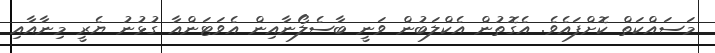
މަސައްކަތް ކޮށްފައެވެ. އެގޮތުން އެކްލަބުން ވަނީ ބާސެލޯނާއިން އެވަޓަންއާ ގުޅުނު ޔެރީ މިނާއާއި